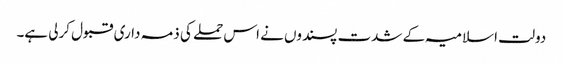
دولت اسلامیہ کے شدت پسندوں نے اس حملے کی ذمہ داری قبول کرلی ہے۔